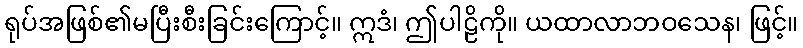
ရုပ်အဖြစ်၏မပြီးစီးခြင်းကြောင့်။ ဣဒံ၊ ဤပါဠိကို။ ယထာလာဘဝသေန၊ ဖြင့်။